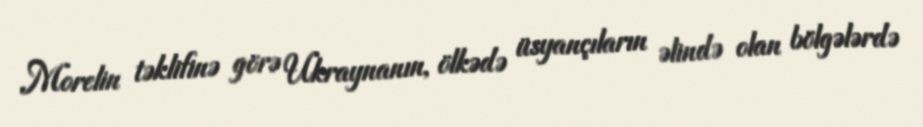
Morelin təklifinə görə Ukraynanın, ölkədə üsyançıların əlində olan bölgələrdə